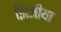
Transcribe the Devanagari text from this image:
झिजीया